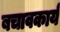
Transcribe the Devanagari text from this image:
बचावकार्य